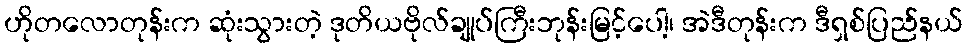
ဟိုတလောတုန်းက ဆုံးသွားတဲ့ ဒုတိယဗိုလ်ချုပ်ကြီးဘုန်းမြင့်ပေါ့၊ အဲဒီတုန်းက ဒီရှစ်ပြည်နယ်